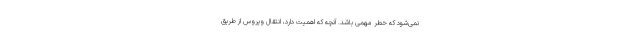
نمی‌شود که خطر مهمی باشد. آنچه که اهمیت دارد، انتقال ویروس از طریق